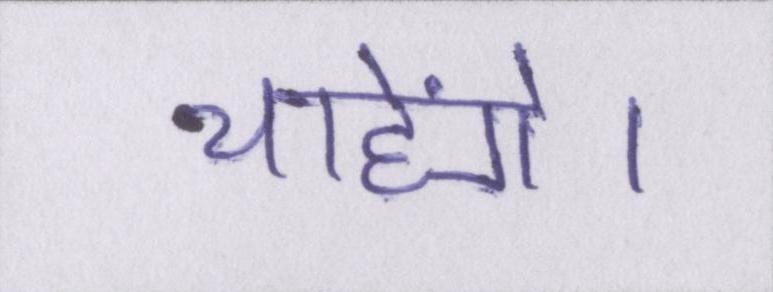
चाहेंगे।